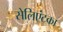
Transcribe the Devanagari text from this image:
सेलिएंटका